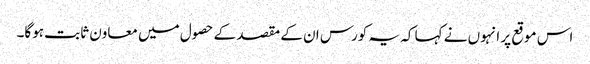
اس موقع پر انہوں نے کہا کہ یہ کورس ان کے مقصد کے حصول میں معاون ثابت ہوگا۔